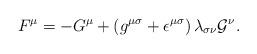
LaTeX: \begin{align*}F^{\mu}=-G^{\mu}+\left(g^{{\mu}{\sigma}}+{\epsilon}^{{\mu}{\sigma}}\right){\lambda}_{{\sigma}{\nu}}{\cal G}^{\nu}.\end{align*}